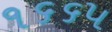
૧૬૬૫